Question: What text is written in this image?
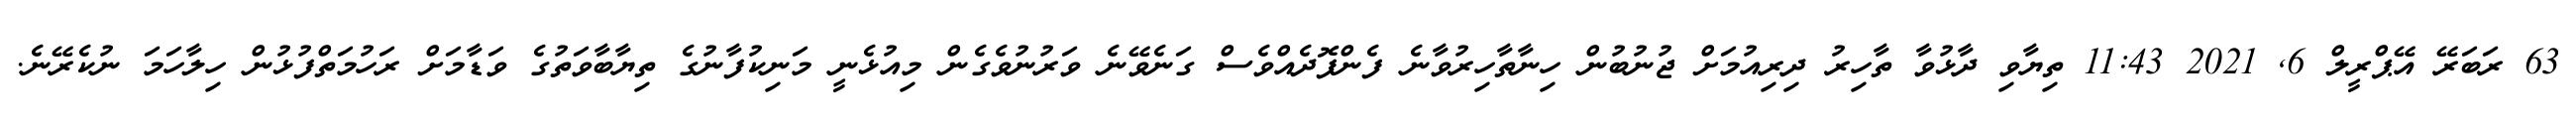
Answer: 63 ރަބަރޭ އޭޕްރީލް 6, 2021 11:43 ތިޔާވި ދާޅުވާ ތާހިރު ދިރިއުމަށް ޖުނުބުން ހިނާތާހިރުވާނެ ފެންފޮދެއްވެސް ގަނެވޭނެ ވަރުނުވެގެން މިއުޅެނީ މަނިކުފާނުގެ ތިޔާބާވަތުގެ ވަޑާމަށް ރަހުމަތްފުޅުން ހިލާހަމަ ނުކެރޭނެ.